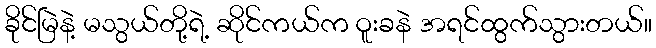
ခိုင်မြဲနဲ့ မသွယ်တို့ရဲ့ ဆိုင်ကယ်က ဝူးခနဲ အရင်ထွက်သွားတယ်။